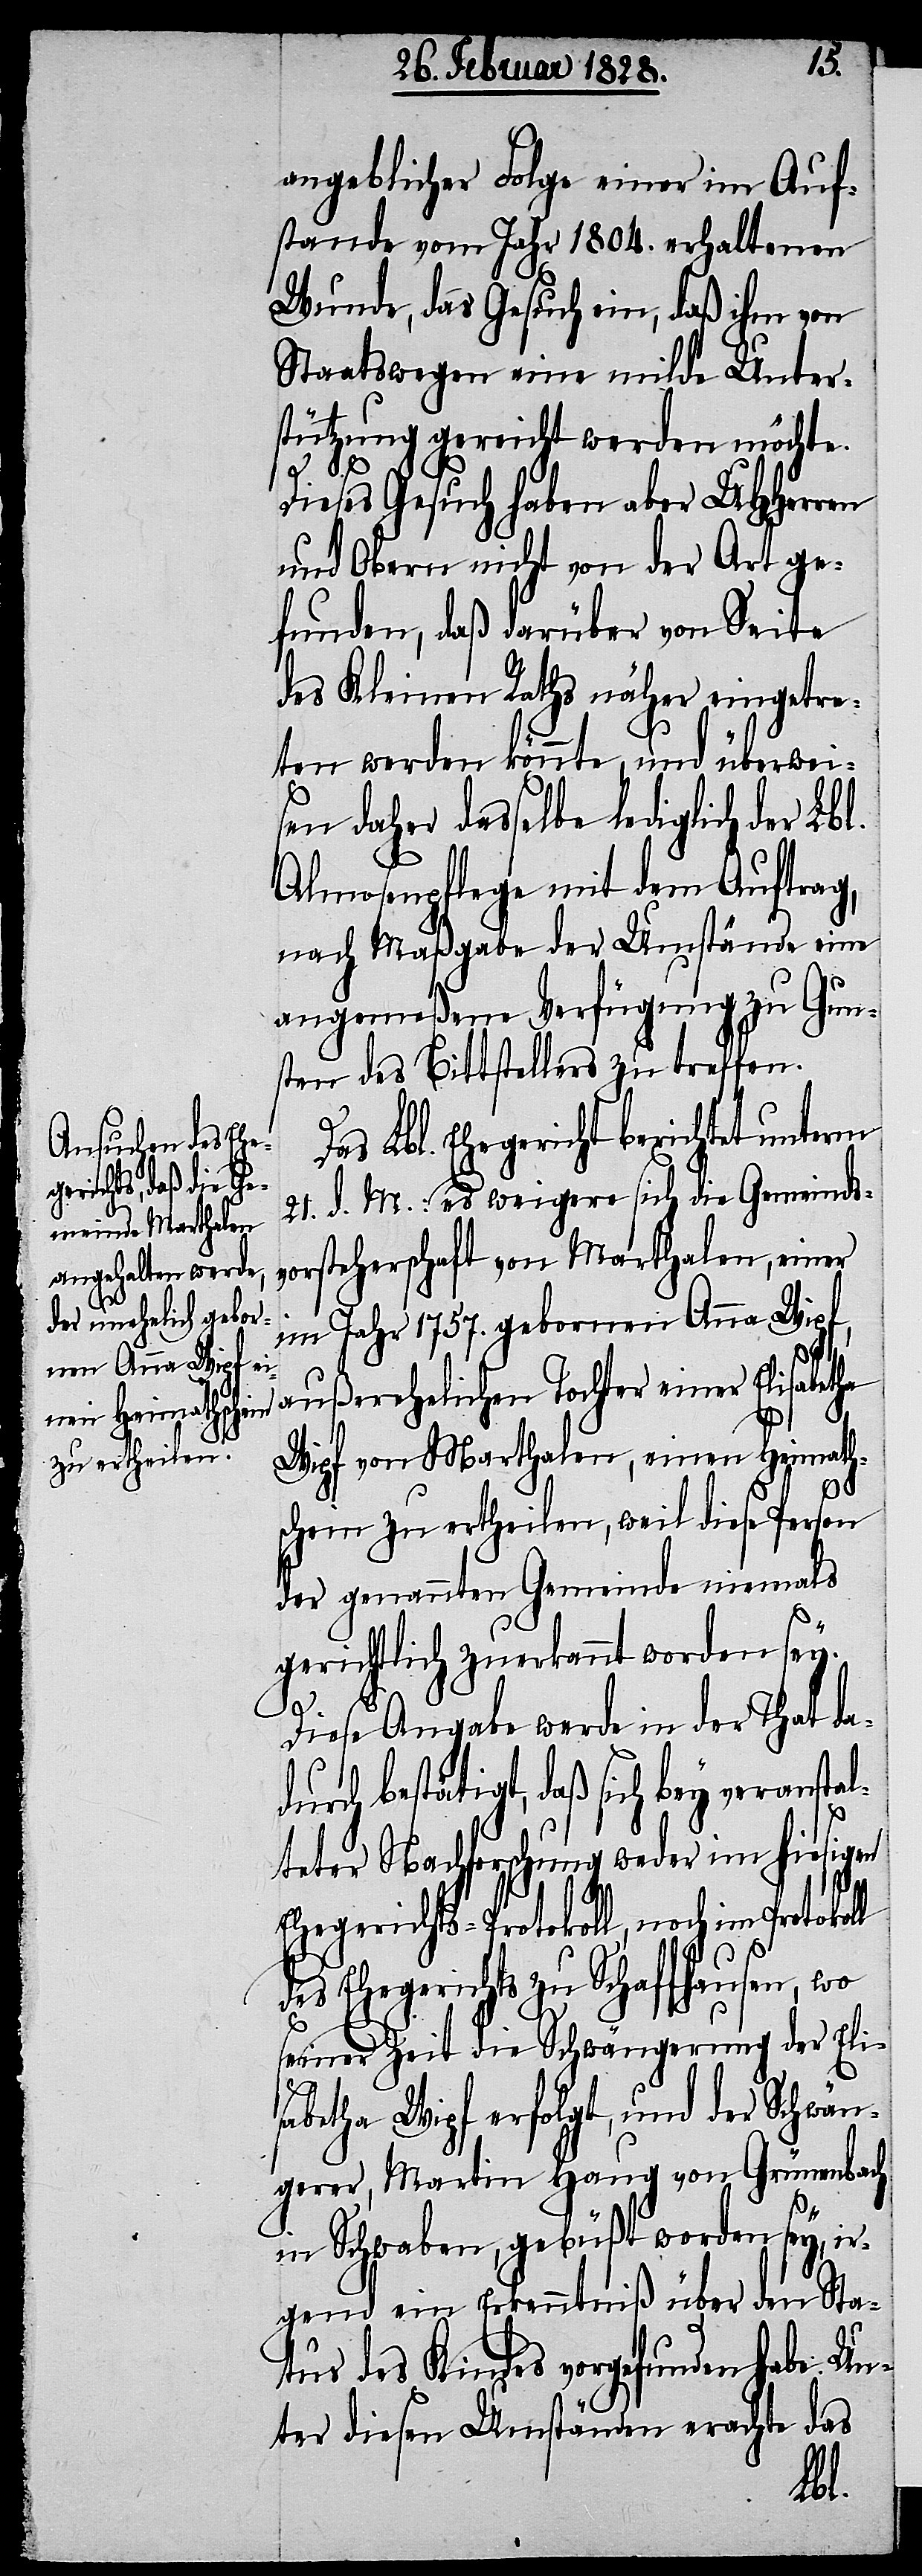
angeblicher Folge einer im Auf¬
stande vom Jahr 1804. erhaltenen
Wunde, das Gesuch ein, daß ihm von
Staatswegen eine milde Unter¬
stützung gereicht werde möchte.
tha
Dieses Gesuch haben aber UHHerren
und Obern nicht von der Art ge¬
funden, daß darüber von Seite
des Kleinen Raths näher eingetre¬
ten werden könnte, und überwei¬
sen daher dasselbe lediglich der Lb¬
Almosenpflege mit dem Auftrag,
nach Maßgabe der Umstände eine
angemeßene Verfügung zu Gun¬
sten des Bittstellers zu treffen.
as Lbl. Ehegericht berichtet unterm
21. d. M.: es weigere sich die Gemeinds¬
vorsteherschaft von Marthalen, einer
im Jahr 1757. gebornen Anna Wipf,
D¬
außerehelichen Tochter einer Elisabe¬
Wipf von Marthalen, einen Heimath¬
schein zu ertheilen, weil diese Person
der genannten Gemeinde niemals
gerichtlich zuerkannt worden sey.
Diese Angabe werde in der That dad¬
urch bestätigt, daß sich bey veransta¬
lteter Nachforschung weder im hiesigen
Ehegerichts-Protokoll, noch im Protokol¬
l
des Ehegerichts zu Schaffhausen, wo
seiner Zeit die Schwängerung der Eli¬
sabetha Wipf erfolgt, und der Schwän¬
gerer, Martin Haug von Grünenbach
in Schwaben, gebüßt worden sey, ir¬
gend ein Erkenntniß über den Sta¬
tus des Kindes vorgefunden habe: Un¬
ter diesen Umständen erachte das
l.